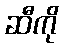
ဆီကို